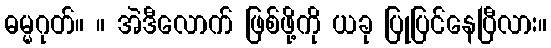
ဓမ္မဂုတ်။ ။ အဲဒီလောက် ဖြစ်ဖို့ကို ယခု ပြုပြင်နေပြီလား။